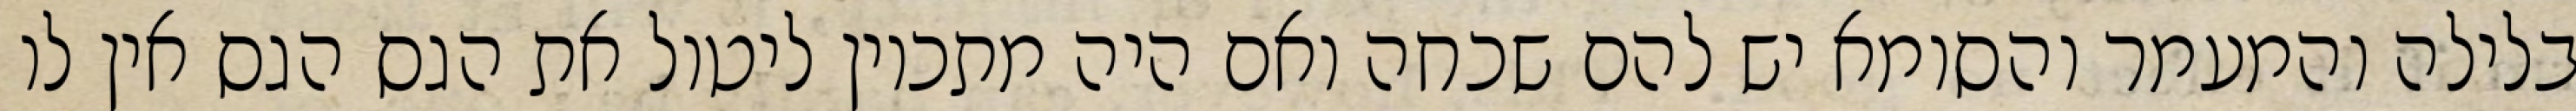
בלילה והמעמר והסומא יש להם שכחה ואם היה מתכוין ליטול את הגס הגס אין לו